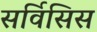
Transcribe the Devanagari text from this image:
सर्विसिस